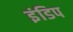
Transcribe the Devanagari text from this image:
इंडिप